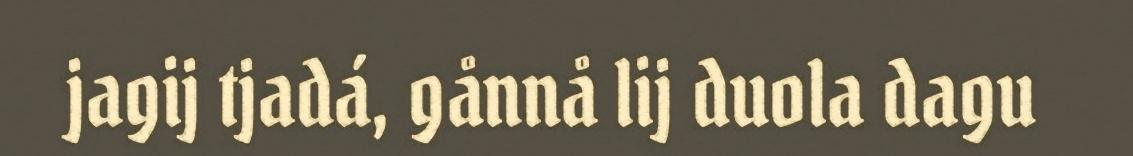
jagij tjadá, gånnå lij duola dagu